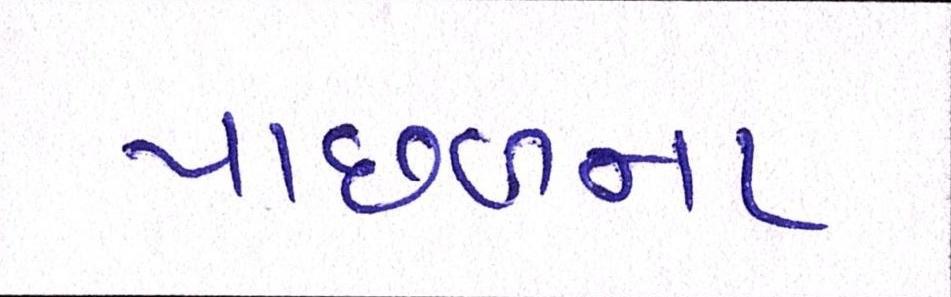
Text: પાછળના